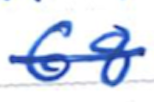
Text: 68
Cross-out: single-line
Writing tool: ballpoint